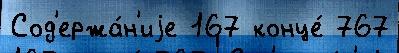
Сод'ержа́н'иjе 167 конце́ 767